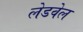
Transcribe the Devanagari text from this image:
लेडवेल